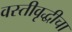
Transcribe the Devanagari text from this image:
वस्तीवृद्धीचा